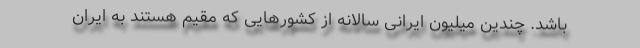
باشد. چندین میلیون ایرانی سالانه از کشورهایی که مقیم هستند به ایران